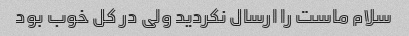
سلام ماست را ارسال نکردید ولی در کل خوب بود